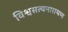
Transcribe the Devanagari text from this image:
विश्वसत्यनारायण